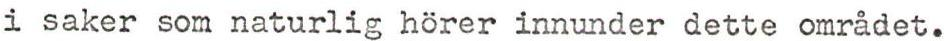
i saker som naturlig hörer innunder dette området.